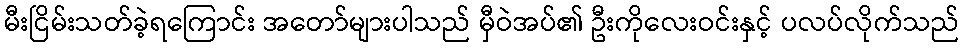
မီးငြိမ်းသတ်ခဲ့ရကြောင်း အတော်များပါသည် မှီဝဲအပ်၏ ဦးကိုလေးဝင်းနှင့် ပလပ်လိုက်သည်